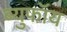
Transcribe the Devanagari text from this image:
ब्युफॉय